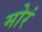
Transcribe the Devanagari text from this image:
मोरं